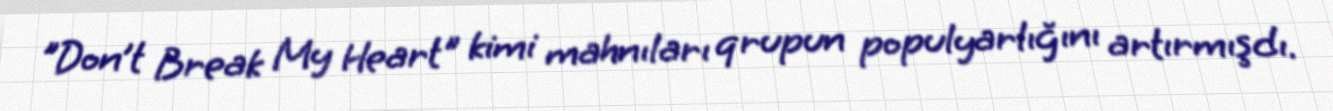
"Don’t Break My Heart" kimi mahnıları qrupun populyarlığını artırmışdı.